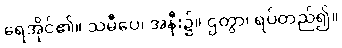
ရေအိုင်၏။ သမီပေ၊ အနီး၌။ ဌတွာ၊ ရပ်တည်၍။